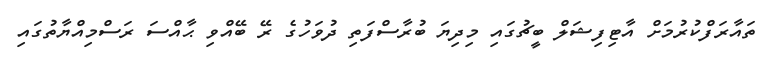
ތައާރަފްކުރުމަށް އާޓިފިޝަލް ބީޗުގައި މިދިޔަ ބުރާސްފަތި ދުވަހުގެ ރޭ ބޭއްވި ޙާއްސަ ރަސްމިއްޔާތުގައި